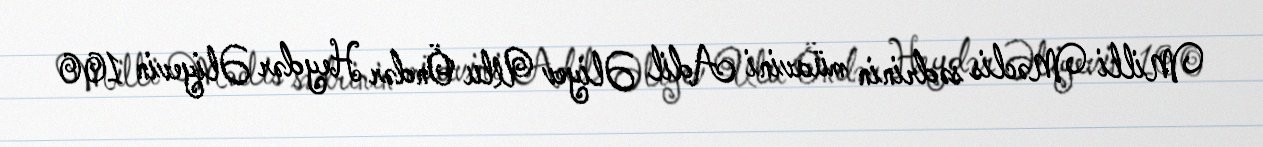
Milli Məclis sədrinin müavini Adil Əliyev Ulu Öndər Heydər Əliyevin 100